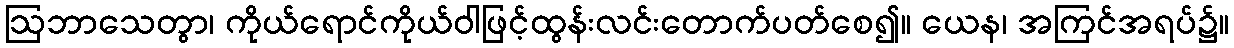
ဩဘာသေတွာ၊ ကိုယ်ရောင်ကိုယ်ဝါဖြင့်ထွန်းလင်းတောက်ပတ်စေ၍။ ယေန၊ အကြင်အရပ်၌။